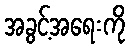
အခွင့်အရေးကို